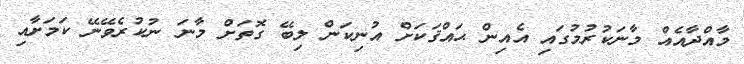
މާއްދާއެއް މާނަކުރުމުގައި އެއިން ޙައްޤަކަށް އުނިކަން ލިބޭ ގޮތަށް މާނަ ނުކުރެވޭނޭ ކަމަށާއި